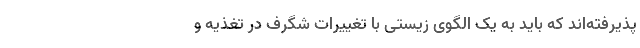
پذیرفته‌اند که باید به یک الگوی زیستی با تغییرات شگرف در تغذیه و